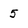
Character: 5